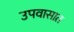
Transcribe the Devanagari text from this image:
उपवासात